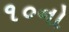
૧૦નો